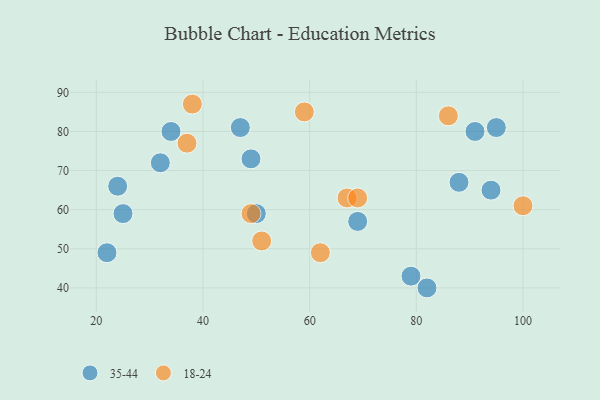
{"axis": {"x": "GDP", "y": "Life Expectancy"}, "legend": ["18-24", "35-44"], "data": [{"x": "47", "y": 81, "type": "35-44"}, {"x": "32", "y": 72, "type": "35-44"}, {"x": "49", "y": 73, "type": "35-44"}, {"x": "22", "y": 49, "type": "35-44"}, {"x": "50", "y": 59, "type": "35-44"}, {"x": "95", "y": 81, "type": "35-44"}, {"x": "24", "y": 66, "type": "35-44"}, {"x": "34", "y": 80, "type": "35-44"}, {"x": "91", "y": 80, "type": "35-44"}, {"x": "69", "y": 57, "type": "35-44"}, {"x": "94", "y": 65, "type": "35-44"}, {"x": "82", "y": 40, "type": "35-44"}, {"x": "88", "y": 67, "type": "35-44"}, {"x": "79", "y": 43, "type": "35-44"}, {"x": "25", "y": 59, "type": "35-44"}, {"x": "67", "y": 63, "type": "18-24"}, {"x": "86", "y": 84, "type": "18-24"}, {"x": "37", "y": 77, "type": "18-24"}, {"x": "100", "y": 61, "type": "18-24"}, {"x": "51", "y": 52, "type": "18-24"}, {"x": "59", "y": 85, "type": "18-24"}, {"x": "38", "y": 87, "type": "18-24"}, {"x": "62", "y": 49, "type": "18-24"}, {"x": "49", "y": 59, "type": "18-24"}, {"x": "69", "y": 63, "type": "18-24"}]}